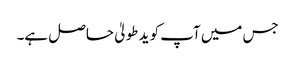
جس میں آپ کو ید طولیٰ حاصل ہے۔